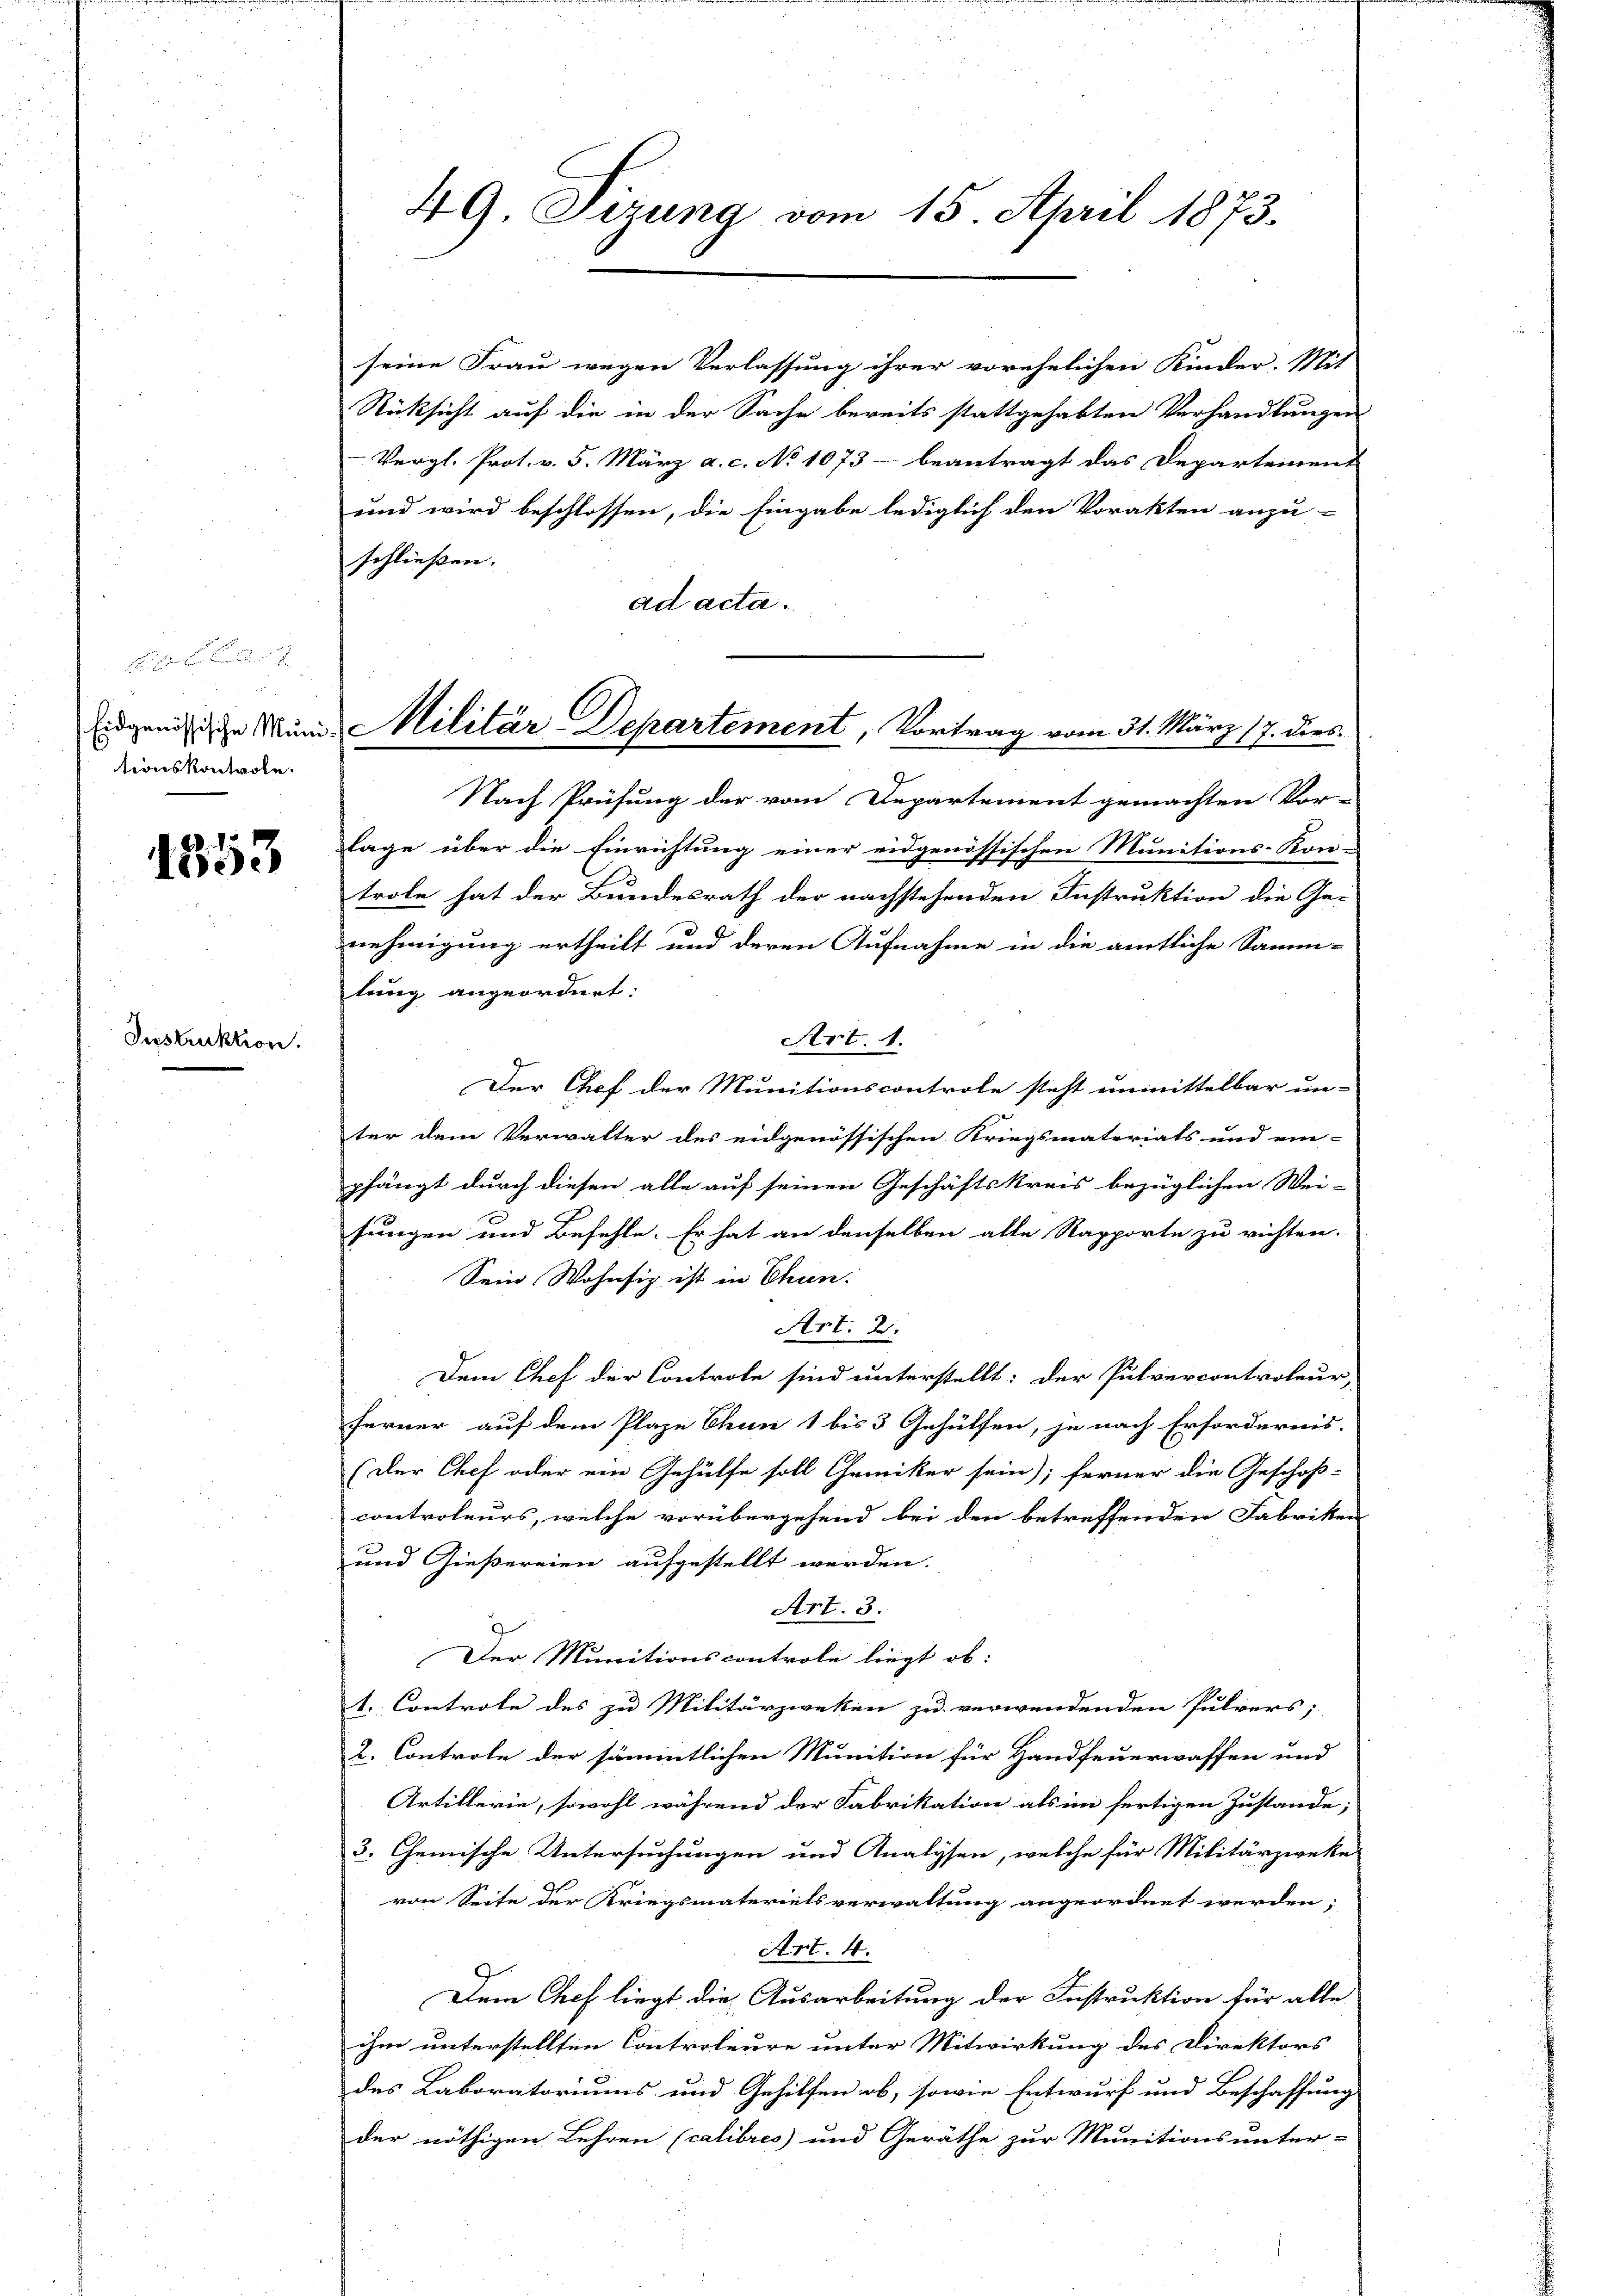
tionskontrole.

1553

Instruktion

49. Sizung vom 15. April 1873.

seine Frau wegen Verlassung ihrer vorehelichen Kinder. Mit
Rücksicht auf die in der Sache bereits stattgehabten Verhandlungen
Vergl. Prot. v. 5. März a. c. No 1073 - beantragt das Departement
und wird beschlossen, die Eingabe lediglich den Vorakten anzu-
schließen.
ad acta.
Nach Prüfung der vom Departement gemachten Vor-
lage über die Einrichtung einer eidgenössischen Munitions-Kon-
trole hat der Bundesrath der nachstehenden Instruktion die Ge-
nehmigung ertheilt und deren Aufnahme in die amtliche Samm-
tung angeordnet:
Art. 1.
Der Chef der Munitionscontrole steht unmittelbar un-
ter dem Verwalter des eidgenössischen Kriegsmaterials und ein-
pfängt durch diesen alle auf seinen Geschäftskreis bezüglichen Wei-
sungen und Befehle. Er hat an denselben alle Rapporte zu richten.
Sein Wohnsiz ist in Chun:
Art. 2.
Dem Chef der Controle sind unterstellt: der Pulvercontroleur,
ferner auf dem Plaze Chun 1 bis 3 Gehülfen, je nach Erfordernis.
(Der Chef oder ein Gehülfe soll Chemiker sein; ferner die Geschoß-
controleurs, welche vorübergehend bei den betreffenden Fabriken
und Gießereien aufgestellt werden.
Art. 3.
2
Der Munitionscontrole liegt ob:
t. Controle des zu Militärzweken zu verwendenden Pulvers;
2. Controle der sämmtlichen Munition für Handfeuerwaffen und
Artillerie, sowohl während der Fabrikation als im fertigen Zustande;
3. Chemische Untersuchungen und Analysen, welche für Militärzweke
von Seite der Kriegsmaterielsverwaltung angeordnet werden;
Art. 4.
Dem Chef liegt die Ausarbeitung der Instruktion für alle
ihm unterstellten Controleure unter Mitwirkung des Direktors
des Laboratoriums und Gehilfen ob, sowie Entwurf und Beschaffung
der nöthigen Lehren (calibres) und Geräthe zur Munitionsunter-

Eidgenößische Minde Militär-Departement, Vortrag vom 31. März 17. ders